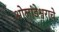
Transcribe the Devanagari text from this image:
ओलांडेश्वराचे